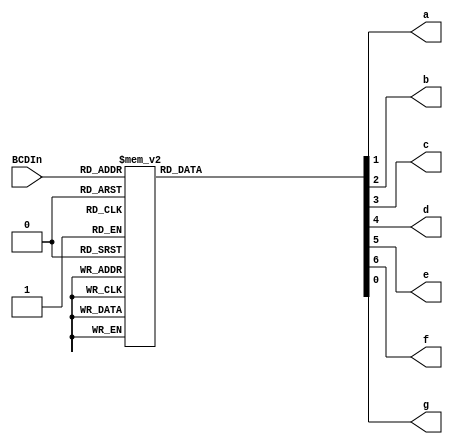
`timescale 1ns / 1ps
//////////////////////////////////////////////////////////////////////////////////
// Company: 
// Engineer: 
// 
// Design Name: 
// Module Name: BCDtoSevenSeg
// Project Name: 
// Target Devices: 
// Tool Versions: 
// Description: 
// 
// Dependencies: 
// 
// Revision:
// Revision 0.01 - File Created
// Additional Comments:
// 
//////////////////////////////////////////////////////////////////////////////////


module BCDtoSevenSeg(BCDIn, a, b, c, d, e, f, g);

input [3:0] BCDIn;
output a, b, c, d, e, f, g;

reg a, b, c, d, e, f, g;

always @ (BCDIn)
begin
    init_zero(a, b, c, d, e, f, g);
    case (BCDIn)
        4'd0 : begin a = 1; b = 1; c = 1; d = 1; e = 1; f = 1; end
        4'd1 : begin b = 1; c = 1; end
        4'd2 : begin a = 1; b = 1; d = 1; e = 1; g = 1; end
        4'd3 : begin a = 1; b = 1; c = 1; d = 1; g = 1; end
        4'd4 : begin b = 1; c = 1; f = 1; g = 1; end
        4'd5 : begin a = 1; c = 1; d = 1; f = 1; g = 1; end
        4'd6 : begin a = 1; c = 1; d = 1; e = 1; f = 1; g = 1; end
        4'd7 : begin a = 1; b = 1; c = 1; end
        4'd8 : begin a = 1; b = 1; c = 1; d = 1; e = 1; f = 1; g = 1; end
        4'd9 : begin a = 1; b = 1; c = 1; d = 1; f = 1; g = 1; end
    endcase
end        

task init_zero;
output a, b, c, d, e, f, g;
begin
    a = 0; b = 0; c = 0; d = 0; e = 0; f = 0; g = 0;
end
endtask

endmodule